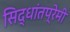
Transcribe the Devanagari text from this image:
सिद्धांतप्रेमी